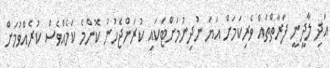
އަދި ލާދީނީ ފަރާތްތައް ވެރިކަމަށް އަޔަ ނުދިނުމަށްޓަކައި ކުރަންޖެހުނު ކޮންމެ ކަމެއްވެސް ކުރެއްވުމަށް